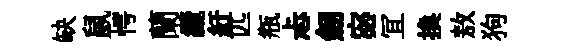
缺鼠愕蘭纜紆匹瓶忐劒宓冝換敖狗